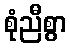
စုံညီစွာ